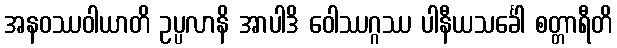
အနဝဿဝါယာတိ ဥပ္ပလာနိ အာပါဒိ ဝေါဿဂ္ဂဿ ပါနီယသင်္ခေါ စတ္တာရီတိ